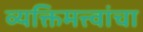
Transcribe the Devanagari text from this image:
व्यक्तिमत्त्वांचा